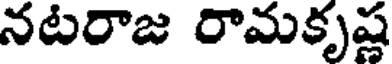
నటరాజ రామకృష్ణ